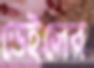
ডেইলের